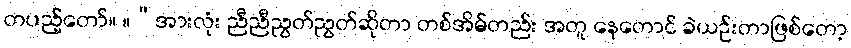
တပည့်တော်။ ။“အားလုံး ညီညီညွတ်ညွတ်ဆိုတာ တစ်အိမ်တည်း အတူ နေတောင် ခဲယဉ်းတာဖြစ်တော့